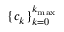
\{ c _ { k } \} _ { k = 0 } ^ { k _ { \mathrm { m a x } } }